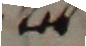
2